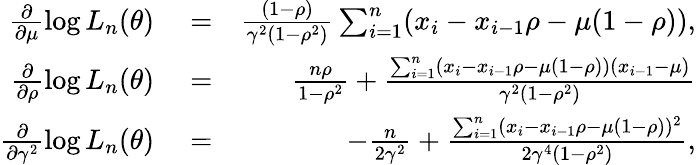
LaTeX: \begin{array}{rlr}{\frac{\partial}{\partial\mu}\log L_{n}(\theta)}&{{}=}&{\frac{(1-\rho)}{\gamma^{2}(1-\rho^{2})}\sum_{i=1}^{n}(x_{i}-x_{i-1}\rho-\mu(1-\rho)),}\\ {\frac{\partial}{\partial\rho}\log L_{n}(\theta)}&{{}=}&{\frac{n\rho}{1-\rho^{2}}+\frac{\sum_{i=1}^{n}(x_{i}-x_{i-1}\rho-\mu(1-\rho))(x_{i-1}-\mu)}{\gamma^{2}(1-\rho^{2})}}\\ {\frac{\partial}{\partial\gamma^{2}}\log L_{n}(\theta)}&{{}=}&{-\frac{n}{2\gamma^{2}}+\frac{\sum_{i=1}^{n}(x_{i}-x_{i-1}\rho-\mu(1-\rho))^{2}}{2\gamma^{4}(1-\rho^{2})},}\end{array}